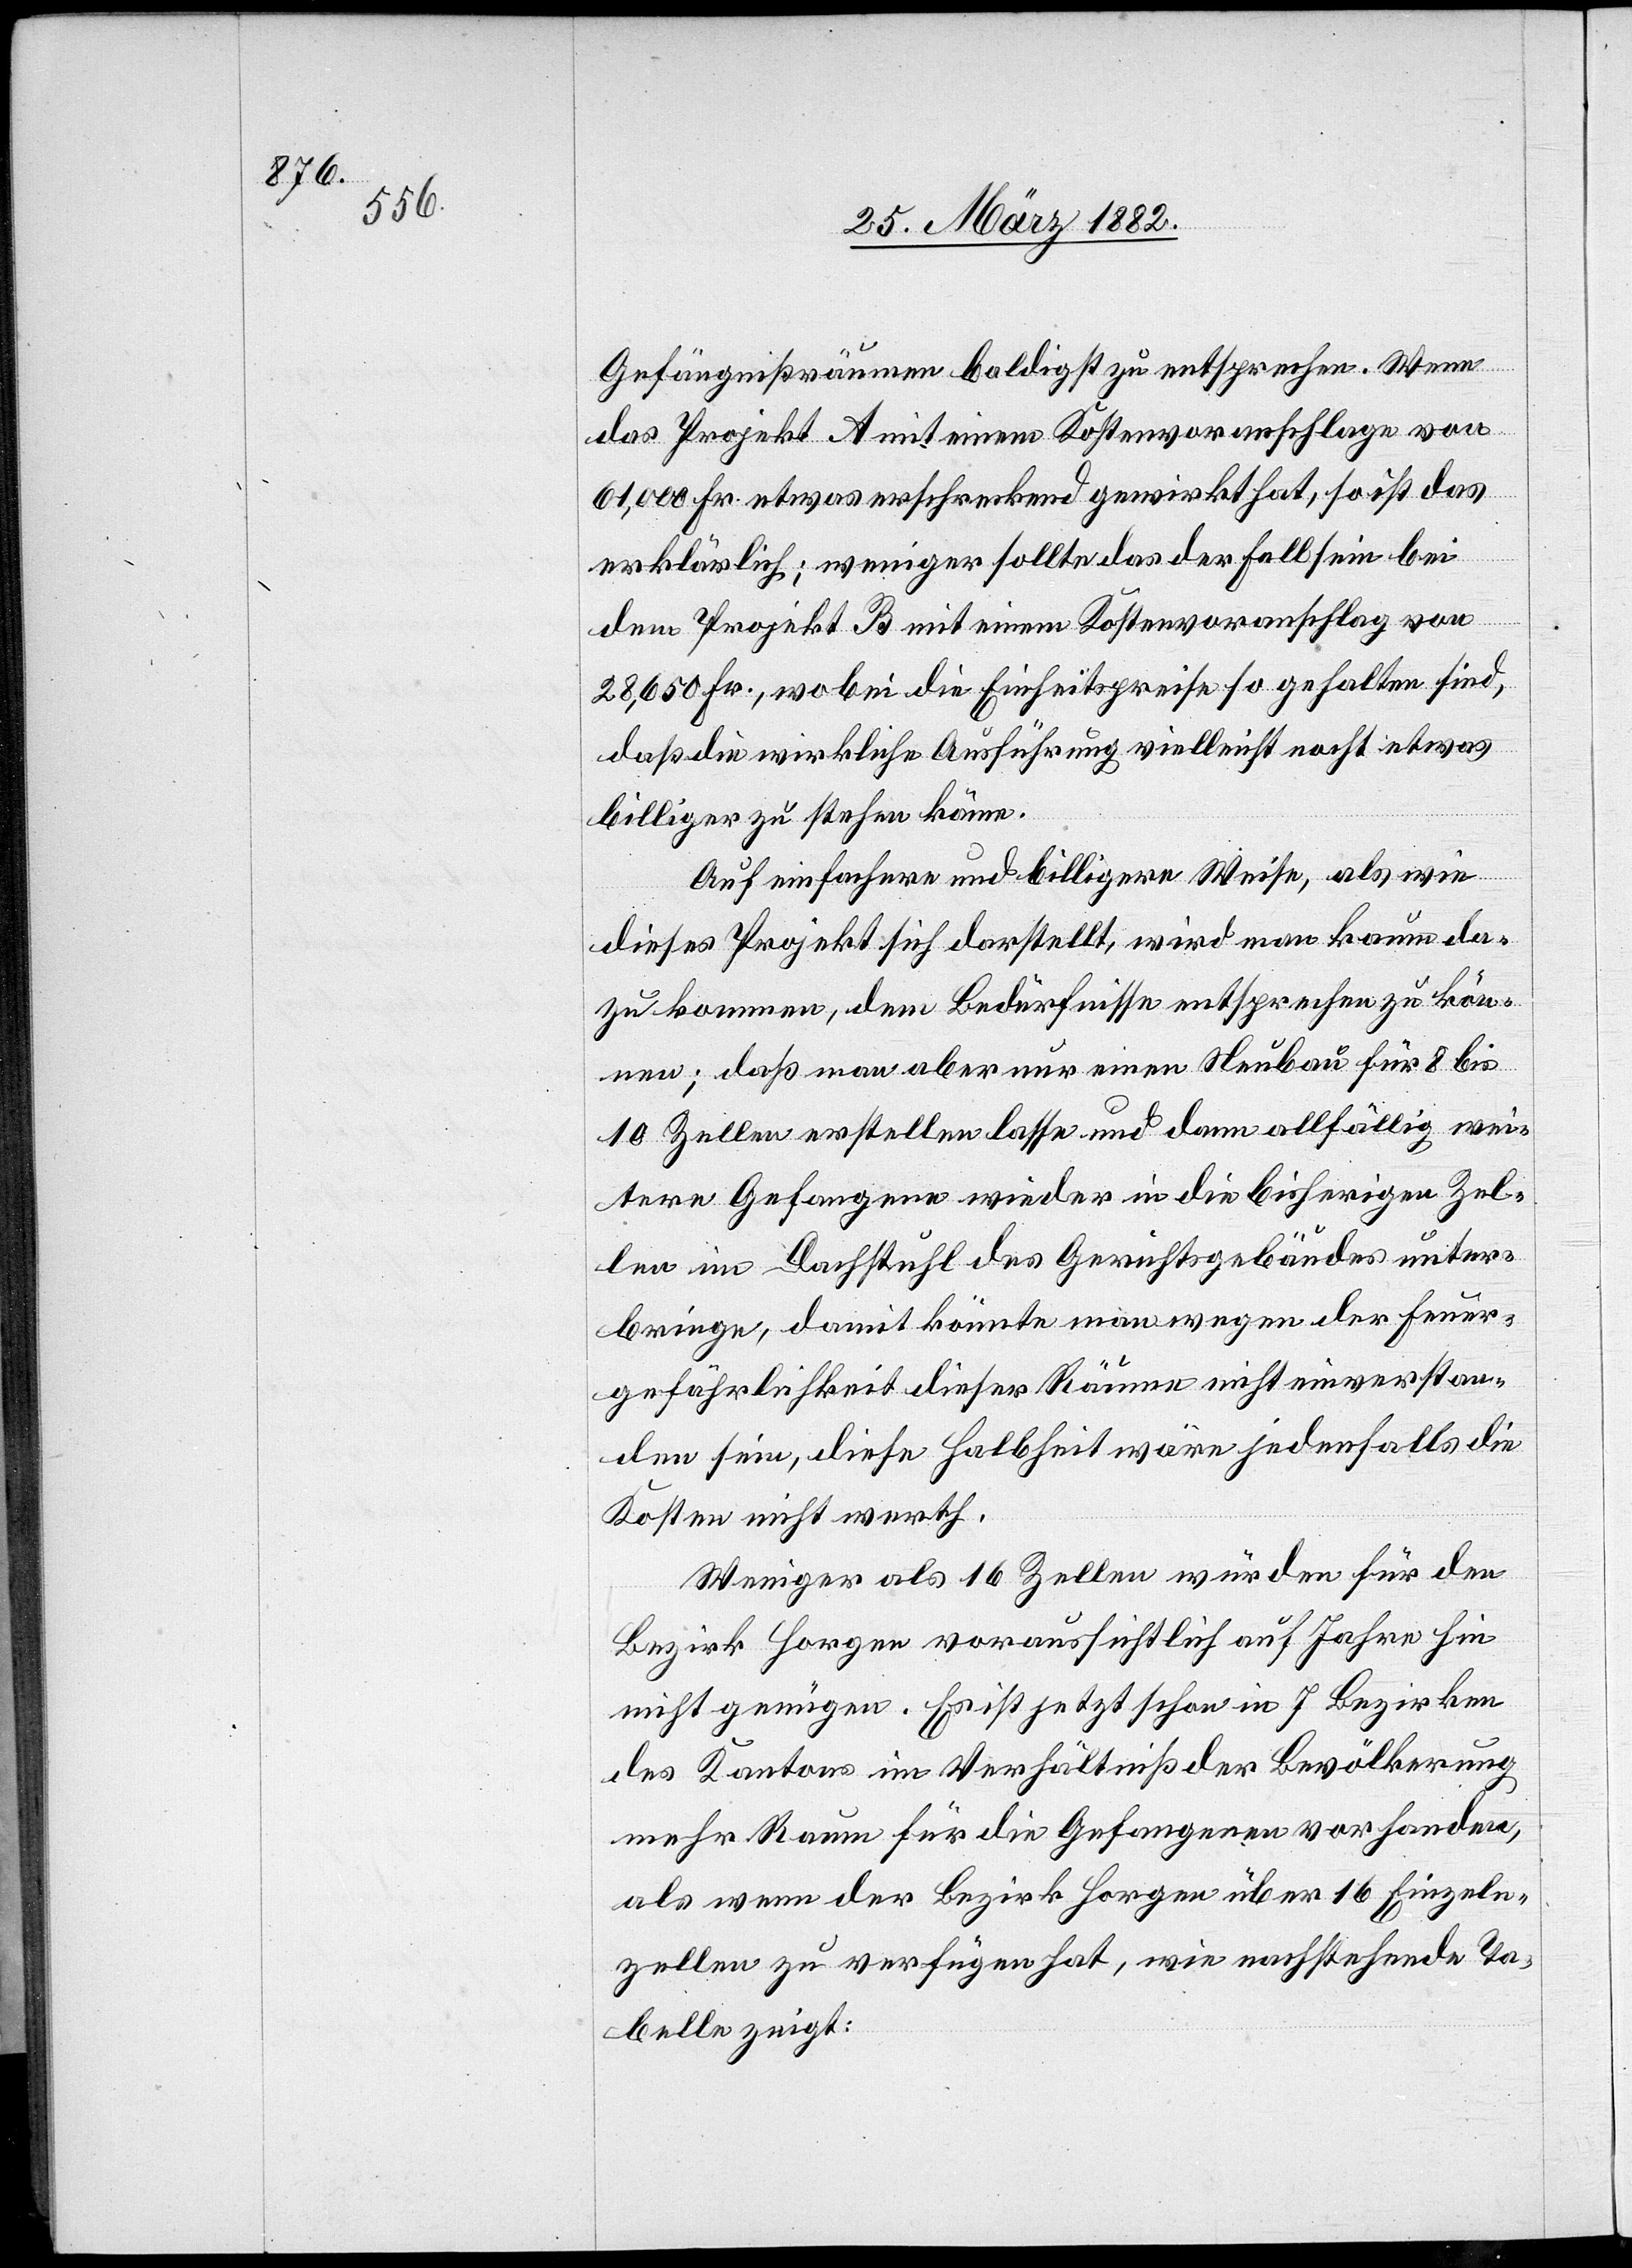
Gefängnißräumen baldigst zu entsprechen. Wenn
das Projekt A mit einem Kostenvoranschlage von
61,000 Fr. etwas erschreckend gewirkt hat, so ist das
erklärlich; weniger sollte das der Fall sein bei
dem Projekt B mit einem Kostenvoranschlage von
28,650 Fr., wobei die Einheitspreise so gehalten sind,
daß die wirkliche Ausführung vielleicht nocht [sic!]
billiger zu stehen käme.
Auf einfachere und billigere Weise, als wie
dieses Projekt sich darstellt, wird man kaum da¬
zu kommen, dem Bedürfnisse entsprechen zu kön¬
nen; daß man aber nur einen Neubau für 8 bis
10 Zellen erstellen lasse und dann allfällig wei¬
tere Gefangene wieder in die bisherigen Zel¬
len im Dachstuhl des Gerichtsgebäudes unter¬
bringe, damit könnte man wegen der Feuer¬
gefährlichkeit dieser Räume nicht einverstan¬
den sein, diese Halbheit wäre jedenfalls die
Kosten nicht werth.
Weniger als 16 Zellen würden für den
Bezirk Horgen voraussichtlich auf Jahre hin
nicht genügen. Es ist jetzt schon in 7 Bezirken
des Kantons im Verhältniß der Bevölkerung
mehr Raum für die Gefangenen vorhanden,
als wenn der Bezirk Horgen über 16 Einzel¬
zellen zu verfügen hat, wie nachstehende Ta¬
belle zeigt: